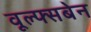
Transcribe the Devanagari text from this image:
वूल्फ्सबेन